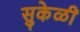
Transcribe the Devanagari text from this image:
सुकेळी